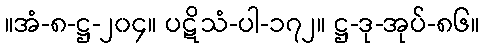
။အံ-၈-ဋ္ဌ-၂၀၄။ ပဋိသံ-ပါ-၁၇၂။ ဋ္ဌ-ဒု-အုပ်-၈၆။